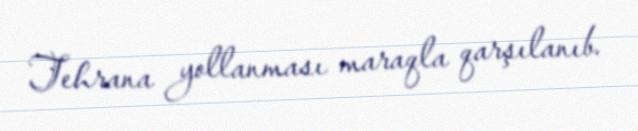
Tehrana yollanması maraqla qarşılanıb.